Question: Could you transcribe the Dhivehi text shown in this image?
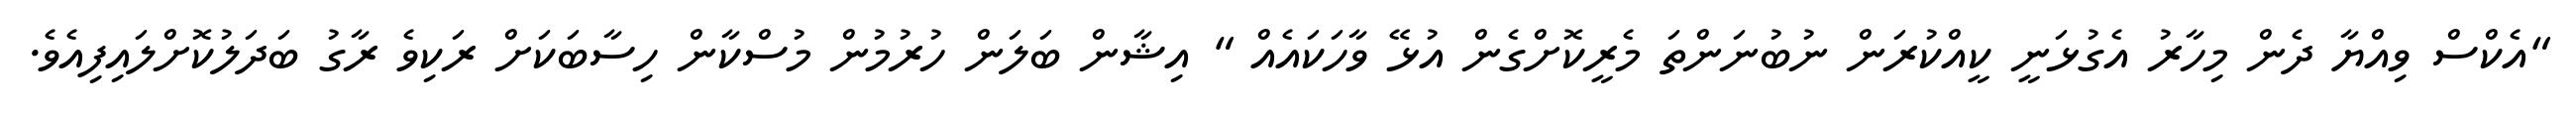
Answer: "އެކްސް ވިއްޔާ ދެން މިހާރު އެގުޅަނީ ކީއްކުރަން ނުބުނަންތަ މެރީކޮށްގެން އުޅޭ ވާހަކައެއް " އިޝާން ބަލަން ހުރުމުން މުސްކާން ހިސާބަކަށް ރަކިވެ ރާގު ބަދަލުކޮށްލައިފިއެވެ.